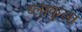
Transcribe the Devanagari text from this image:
ब्लाकुला